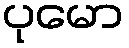
ပုမော